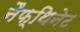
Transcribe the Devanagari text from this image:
नैफ्थिनेट